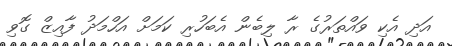
އަދި އެކި ވައްތަރުގެ ރާ ލިބެން އެބަހުރި ކަމަށް އަހްމަދު ފާއިޒް ގޮވި